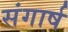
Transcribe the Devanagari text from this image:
संगार्ष